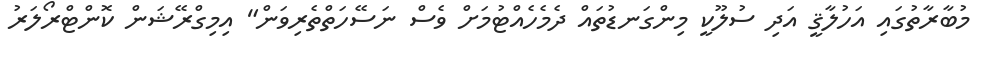
މުބާރާތުގައި އަހުލާޤީ އަދި ސުލޫކީ މިންގަނޑުތައް ދެމެހެއްޓުމަށް ވެސް ނަސޭހަތްތެރިވަން" އިމިގްރޭޝަން ކޮންޓްރޯލަރު